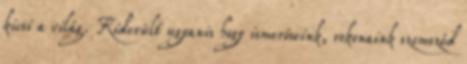
kicsi a világ. Kiderült ugyanis hogy ismerőseink, rokonaink szomszéd